Regulations for the medical services of the Army of India
Year: 1930
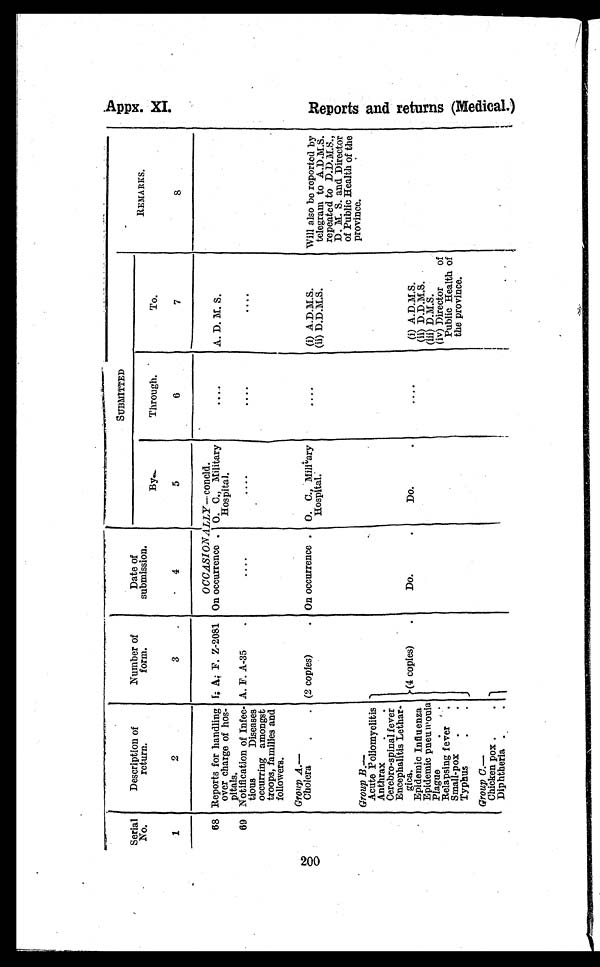
Appx. XI .
200
Serial
No.
1
Description of
return.
2
Number of
form.
3
Date of
submission.
4
SUBMITTED
REMARKS.
8
By.
5
Through.
6
To.
7
OCCASIONALLY — concld.
68 Reports for handling
over charge of hos-
pitals.
I. A. F. Z-2081 On occurrence . O. C., Military
Hospital.
....
A. D. M. S.
69 Notification of Infec-
tious
Diseases
occurring amongst
troops, families and
followers.
A. F. A-35
.
....
....
. . . .
....
G r o u p A . —
Cholera
.
. (2 copies)
. On occurrence . O. C., Military
Hospital.
. . . .
(i) A.D.M.S.
(ii) D.D.M.S.
Will also be reported by
telegram to A.D.M.S.
repeated to D.D.M.S.,
D. M. S. and Director
of Public Health of the
province.
G r o u p B . —
Acute Poliomyelitis
Anthrax
.
.
Cerebro-spinal fever
Encephalitis Lethar-
gica.
Epidemic Influenza
Epidemic pneumonia
Plague. .
Relapsing fever .
Small-pox .
.
Typhus
. .
(4 copies)
.
D o . .
D o . .
....
(i) A.D.M.S.
(ii) D.D.M.S.
(iii) D.M.S.
(iv) Director
of
Public Health of
the province.
Group C.—
Chicken pox .
.
Diphtheria .
.
R e p o r t s a n d r e t u r n s ( M e d i c a l . )